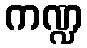
ကဏ္ဍ